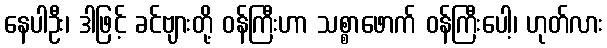
နေပါဦး၊ ဒါဖြင့် ခင်ဗျားတို့ ဝန်ကြီးဟာ သစ္စာဖောက် ဝန်ကြီးပေါ့၊ ဟုတ်လား